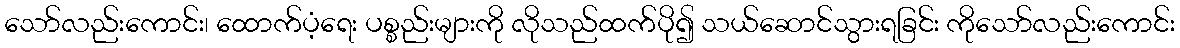
သော်လည်းကောင်း၊ ထောက်ပံ့ရေး ပစ္စည်းများကို လိုသည်ထက်ပို၍ သယ်ဆောင်သွားရခြင်း ကိုသော်လည်းကောင်း